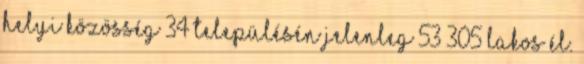
helyi közösség 34 településén jelenleg 53 305 lakos él.